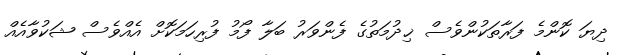
ދިޔަ ކޮންމެ ފަރާތަކުންވެސް ޚިދުމަތުގެ ފެންވަރު ބަލާ ފޯމު ފުރިހަމަކޮށް އެއްވެސް ޝަކުވާއެއް